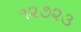
૧૨૭૨૩